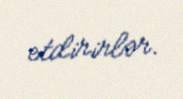
etdirirlər.